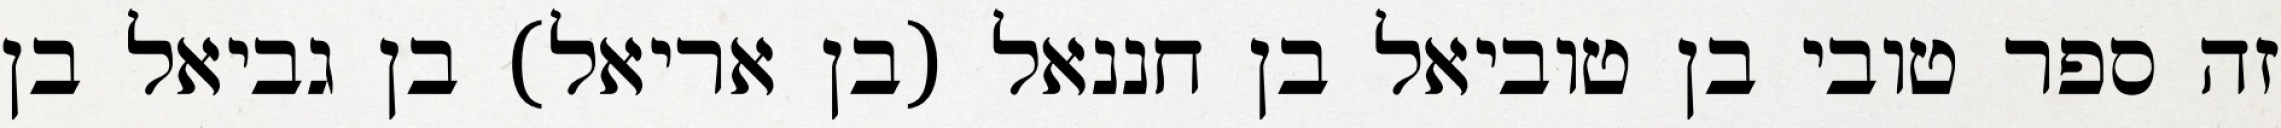
זה ספר טובי בן טוביאל בן חננאל (בן אריאל) בן גביאל בן